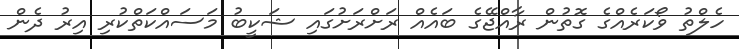
ހެލްތު ވޯކަރެއްގެ ގޮތުން ރާއްޖޭގެ ބައެއް ރަށްރަށުގައި ޝަކީބު މަސައްކަތްކުރި އިރު ދެން